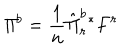
{ \it \Pi } ^ { b } = \frac { 1 } { n } \hat { \Pi } _ { r } ^ { b } { ^ { \ast } F ^ { r } }